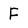
Character: F